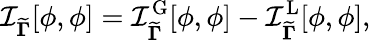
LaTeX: \mathcal{I}_{{\widetilde{\mathbf{\Gamma}}}}[\phi,\phi]=\mathcal{I}_{{\widetilde{\mathbf{\Gamma}}}}^{\mathrm{G}}[\phi,\phi]-\mathcal{I}_{{\widetilde{\mathbf{\Gamma}}}}^{\mathrm{L}}[\phi,\phi],